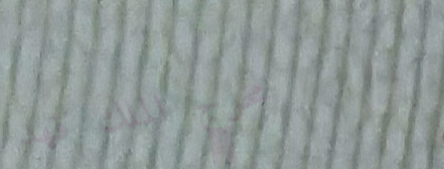
مخرج الملك فهد